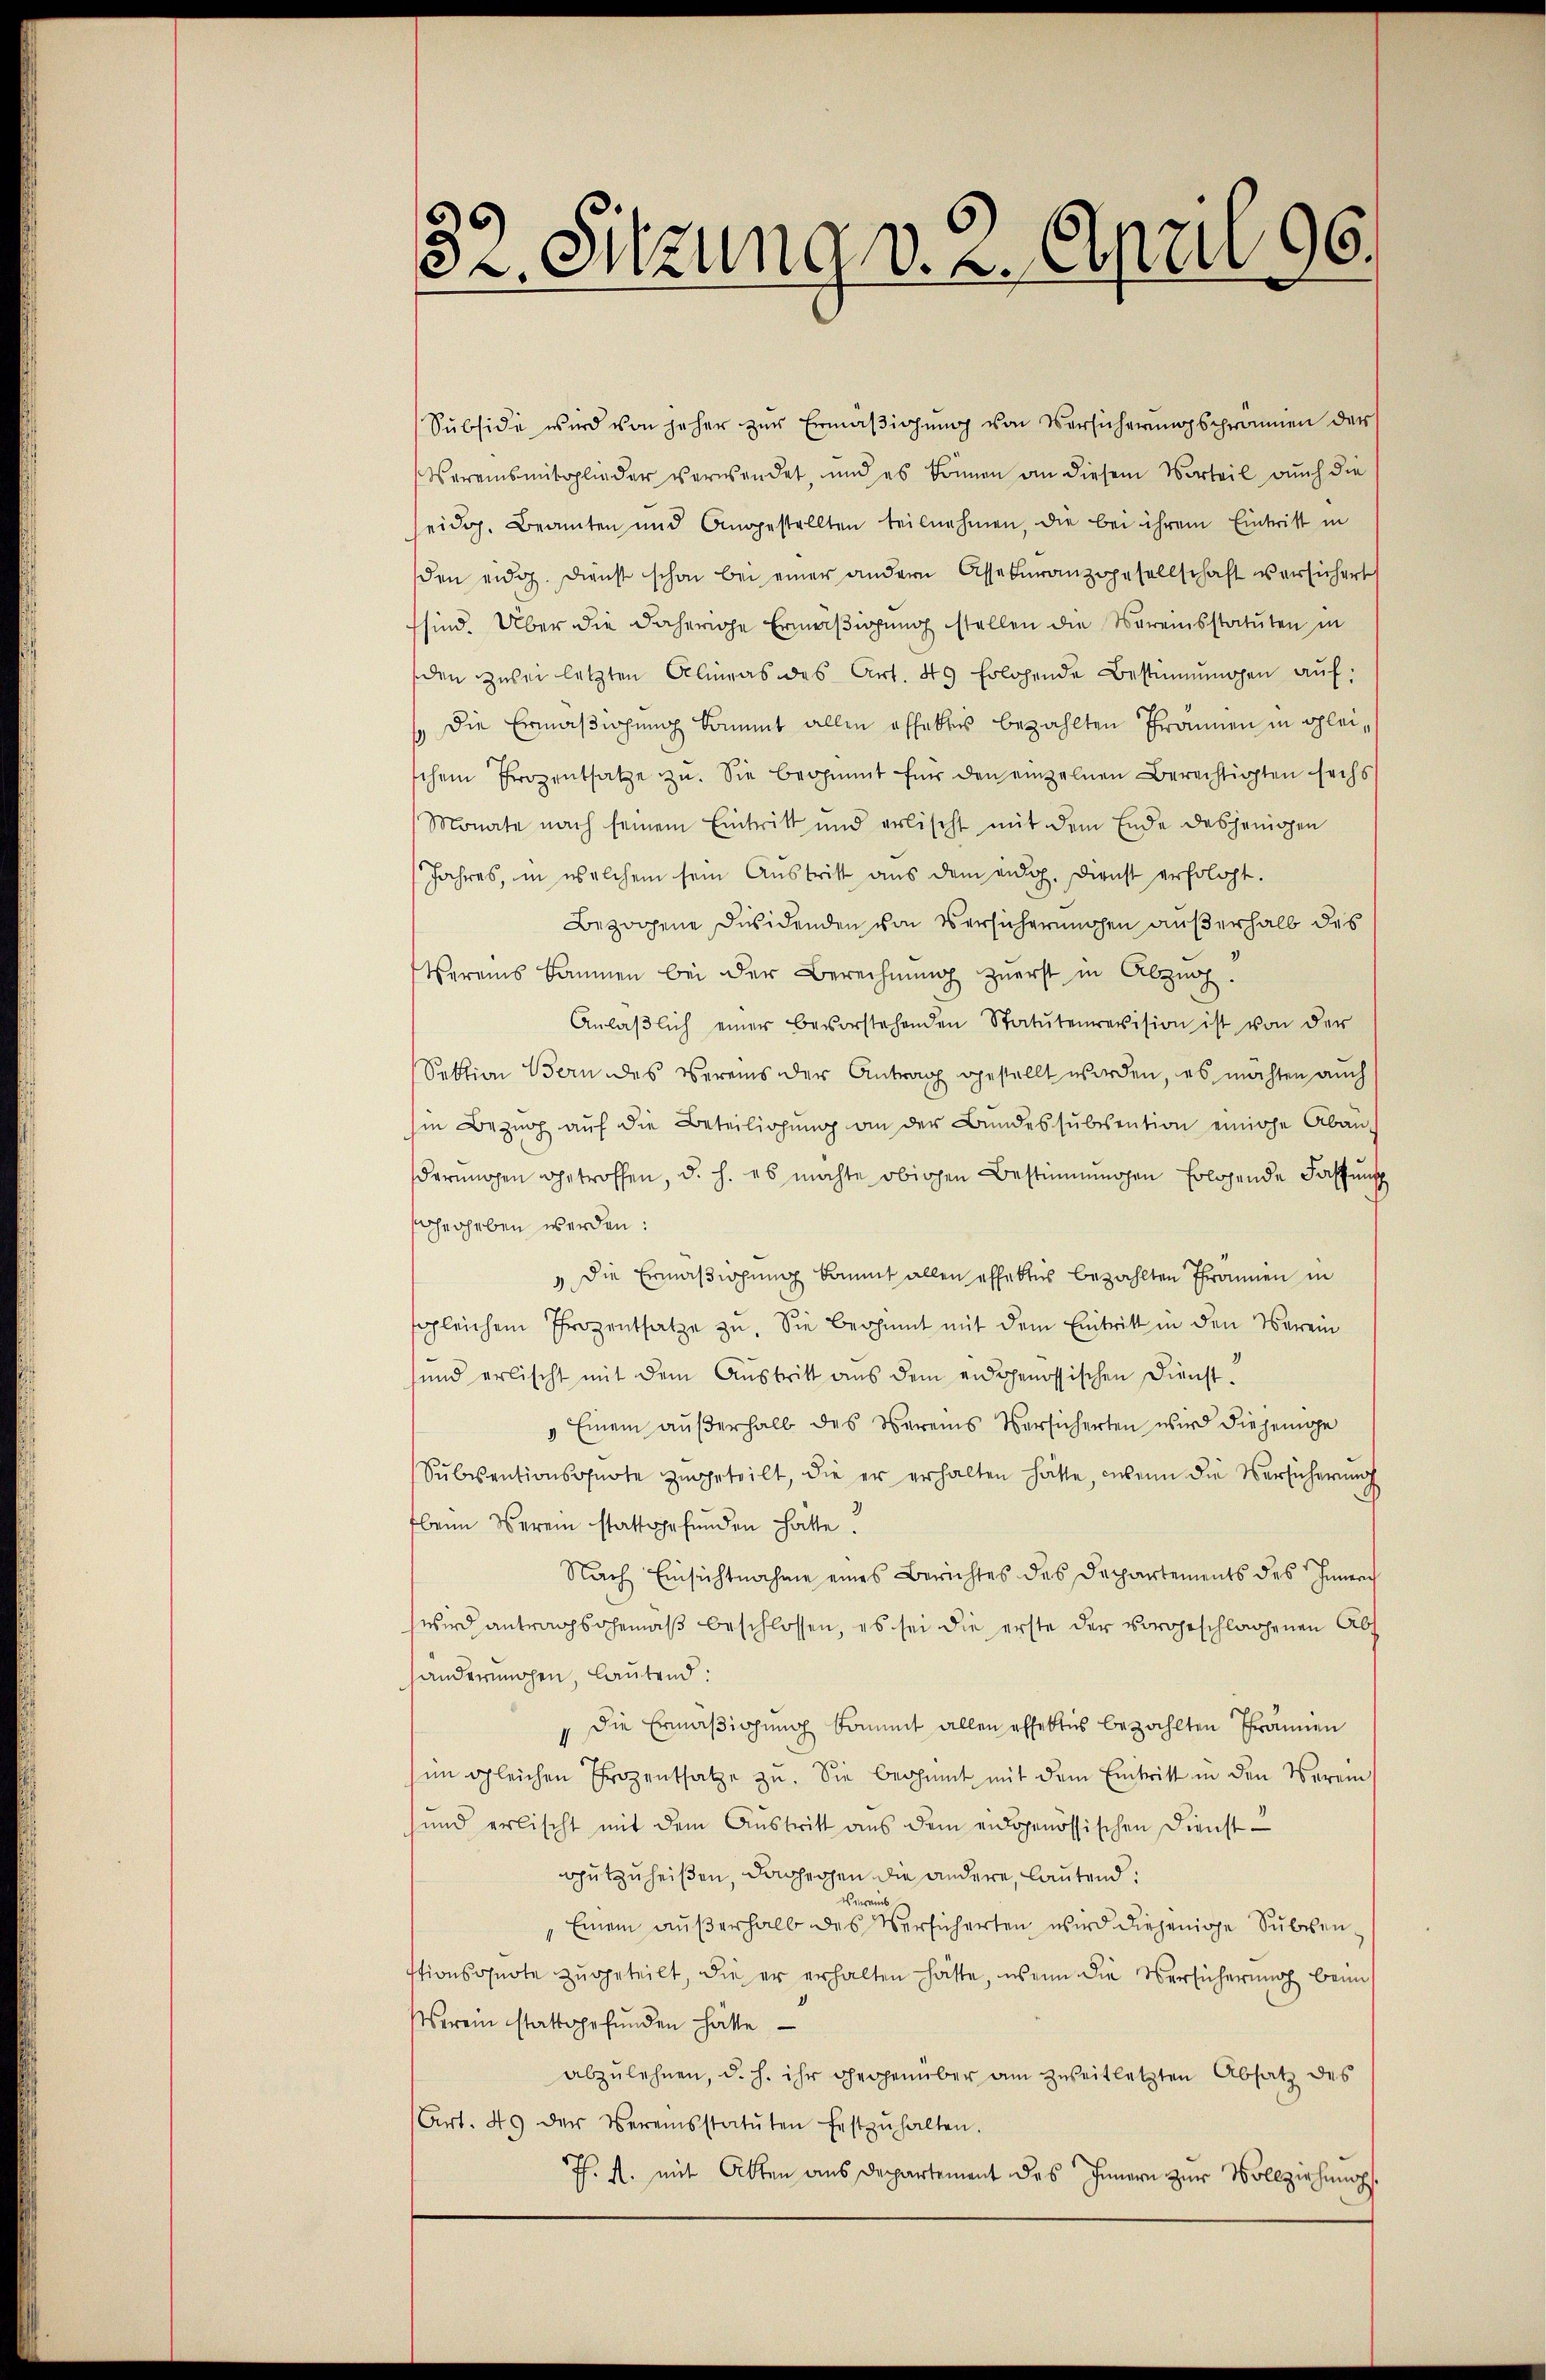
32. Sitzung v. 2. April 96.

Subside wird von jeher zŭr Ermäβigŭng von Versicherŭngsprämien der
Vereinsmitglieder verwendet, und es können an diesem Vorteil auch die
eidg. Beamten und Angestellten teilnahmen, die bei ihrem Eintritt in
den eidg. Dienst schon bei einer andern Assekŭranzgesellschaft versichert
sind. Über die daherige Ermäßigung stellen die Vereisstatuten in
den zwei letzten Alinas des Art. 45 Erlehende Bestimmungen aŭf:
Die Ermäßigung kommt allen offekter bezahlten Frannen in gleischen Prozentsatze zu. Sie beginnt für den einzelnen Berechtigten sechs
Monate nach seinem Eintritt und erlischt mit dem Ende desjenigen
Jahres, in welchem sein Aŭstritt aus dem eidg. Dienst erfolgt.
Bezogene Desidenden von Versicherungen außerhalb des
Vereins kommen bei der Berechnŭng zuerst in Abzŭch.
Anläβlich einer bevorstehenden Statutenrevision ist von der
Sektion Bern des Vereins der Antrag gestellt worden, es möchten auch
hin Bezŭg aŭf die Beteiligŭng an der Bundessŭbsention einige Aban-
derŭngen getroffen, d. h. es möchte obigen Bestimmungen folgende Fassung
scherheben werden:
 Die Ermäßigung kaumt allen effektes bezahlten Thronnen in
sgleichem Prozentsatze zu. Sie beginnt mit dem Eintritt in den Verein
sund erlischt mit dem Aŭstritt aus dem eidgenössischen Dienst-
" Einem aŭβerhalb des Vereins Versicherten wird diejenige
Sŭbsentionsosnote zugeteilt, die er erhalten hätte, wenn die Versicherŭng
beim Verein stattgefunden hatte.
Nach Einsichtnahme eines Berichtes des Departements des Innerc
wird antragsgemäß beschlossen, es sei die erste der vorgeschlagenen Abs
handerungen, lautend:
" die Ermäßigung kommt allen offektes bezahlten Thrämien
im gleichen Prozentsatze zu. Sie beginnt mit dem Eintritt in den Verei
und erlischt mit dem Austritt aus dem eidgenössischen Dienst-
nutzuheißen, dagegen die andere, lautend:
r
Einem aŭβerhalb des Versicherten wird diejenige Subvenstionsqŭote zŭgeteilt, die er erhalten hätte, wenn die Versicherung beim
Verein stattgefunden hätte
abzulehnen, d. h. ihr gegenüber am zweitletzten Absatz des
(Art. 49 der Vereinsstatuten festzŭhalten.
Th. M. mit Akten aus Departement des Innern zur Vollziehungs